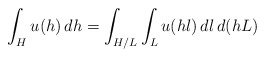
\begin{align*}\int_H u(h)\,dh =\int_{H/L}\int_L u(hl)\, dl\, d(hL)\end{align*}